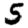
Digit: 5